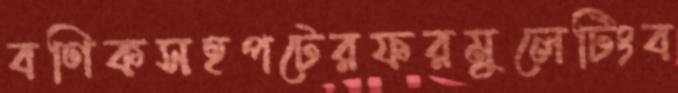
বণিকসহপটেরফরমুলেটিংব